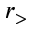
r _ { > }